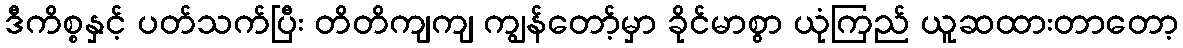
ဒီကိစ္စနှင့် ပတ်သက်ပြီး တိတိကျကျ ကျွန်တော့်မှာ ခိုင်မာစွာ ယုံကြည် ယူဆထားတာတော့